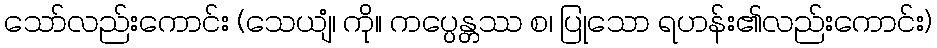
သော်လည်းကောင်း (သေယျံ၊ ကို။ ကပ္ပေန္တဿ စ၊ ပြုသော ရဟန်း၏လည်းကောင်း)